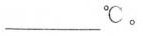
____℃。